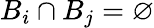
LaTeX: B_{i}\cap B_{j}=\varnothing